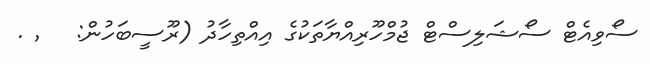
ސޯވިއެޓް ސޯޝަލިސްޓް ޖުމްހޫރިއްޔާތަކުގެ އިއްތިހާދު (ރޫސީބަހުން: